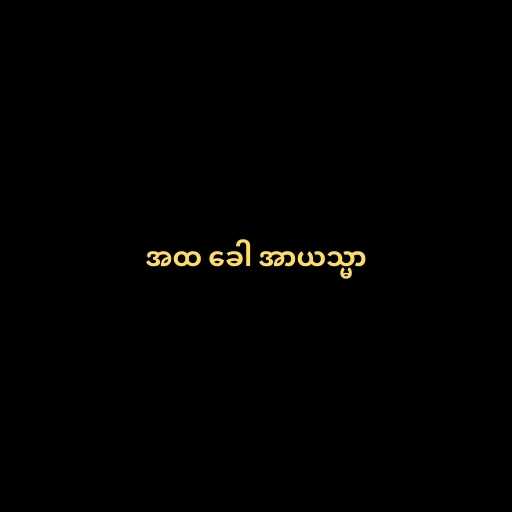
အထ ခေါ အာယသ္မာ